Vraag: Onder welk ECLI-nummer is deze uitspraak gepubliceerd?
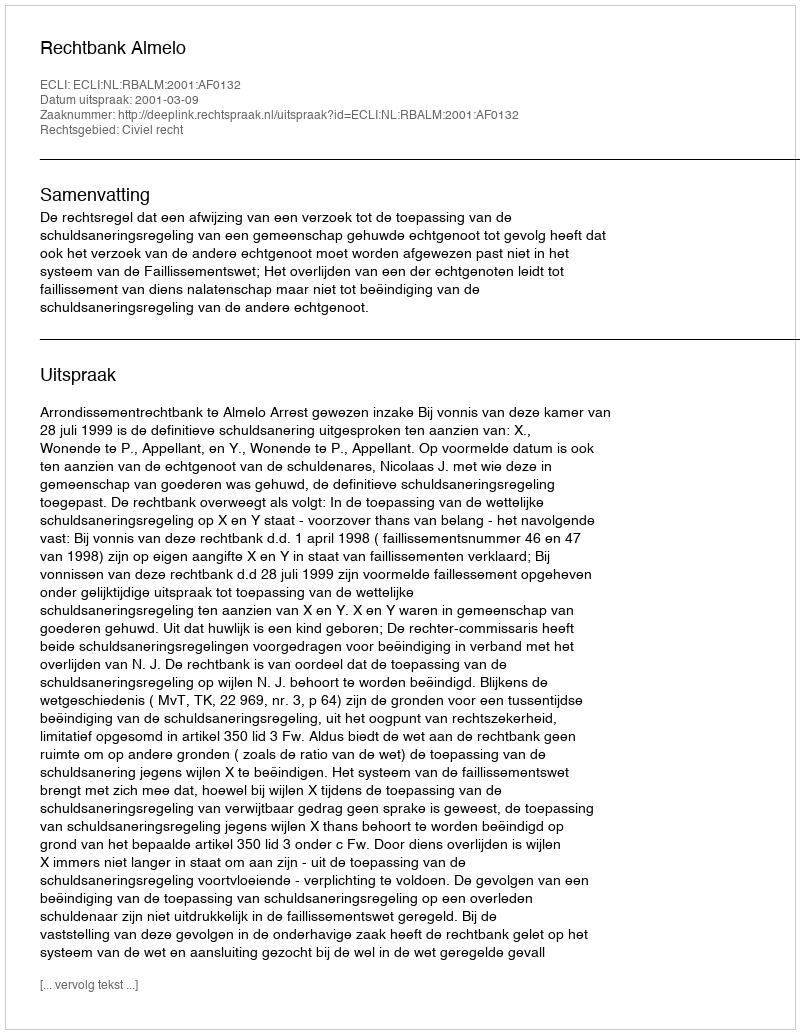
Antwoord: ECLI:NL:RBALM:2001:AF0132